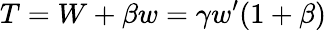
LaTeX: {T}=W+\beta w=\gamma w^{\prime}(1+\beta)